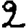
Digit: 2